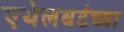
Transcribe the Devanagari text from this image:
एथेलबर्टच्या